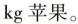
kg苹果。